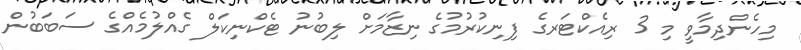
މިހެންދިމާވީ މި 3 ރިއެކްޓަރގެ ފިނިކުރުމުގެ ނިޒާމަށް ލިބުނު ޓެކްނިކަލް ގެއްލުމެއްގެ ސަބަބުން